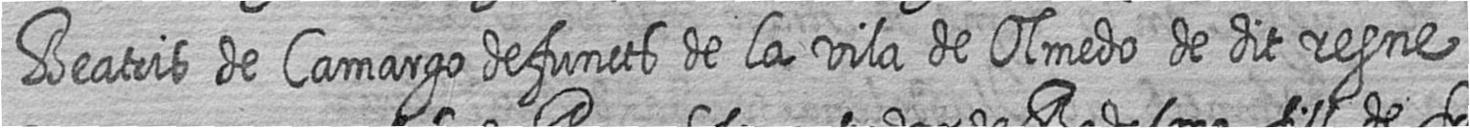
Beatris de Camargo defuncts de la vila de Olmedo de dit regne